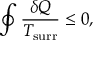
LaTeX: \oint { \frac { \delta Q } { T _ { \mathrm { s u r r } } } } \leq 0 ,